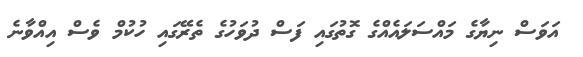
އަވަސް ނިޔާގެ މައްސަލައެއްގެ ގޮތުގައި ފަސް ދުވަހުގެ ތެރޭގައި ހުކުމް ވެސް އިއްވާނެ